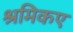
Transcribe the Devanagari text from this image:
श्रमिकए